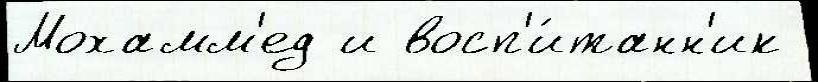
Мохамм'ед и восп'и́танн'ик